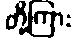
တို့ကြား